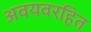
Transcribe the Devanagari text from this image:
अवयवरहित